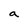
Character: a